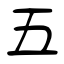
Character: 五